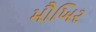
મૌખિર